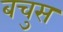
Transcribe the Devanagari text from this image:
बचुस